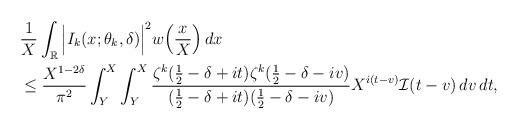
LaTeX: \begin{align*} &\frac{1}{X}\int_{\mathbb R} \Big|I_{k}(x;\theta_k, \delta)\Big|^2 w\Big( \frac{x}{X}\Big) \, dx \\&\le\frac{X^{1-2\delta}}{\pi^2}\int_Y^X \int_Y^X \frac{\zeta^k(\tfrac12-\delta+it)\zeta^k(\tfrac12-\delta-iv)}{(\tfrac12-\delta+it)(\tfrac12-\delta-iv)}X^{i(t-v)} \mathcal I(t-v) \, dv \, dt,\end{align*}